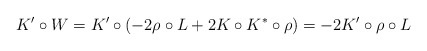
\begin{align*}K' \circ W= K' \circ (-2\rho\circ L + 2K\circ K^*\circ \rho)= -2 K' \circ\rho\circ L\end{align*}